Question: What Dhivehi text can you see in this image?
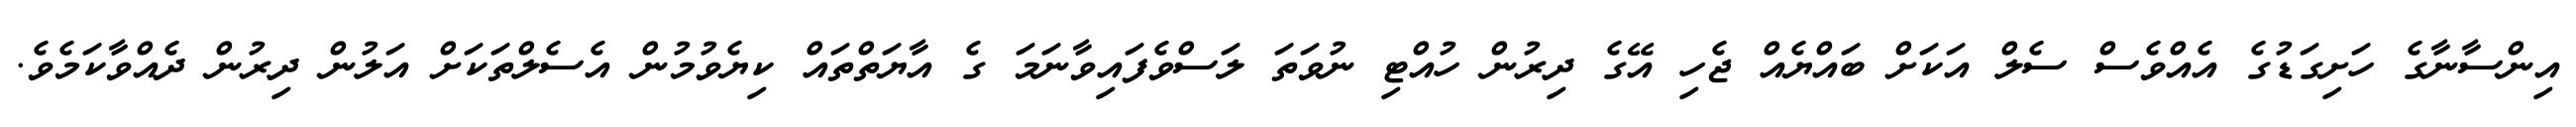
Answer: އިންސާނާގެ ހަށިގަޑުގެ އެއްވެސް ސެލް އަކަށް ބައްޔެއް ޖެހި އޭގެ ދިރުން ހުއްޓި ނުވަތަ ލަސްވެފައިވާނަމަ ގެ އާޔަތްތައް ކިޔެވުމުން އެސެލްތަކަށް އަލުން ދިރުން ދެއްވާކަމެވެ.